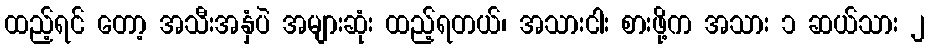
ထည့်ရင် တော့ အသီးအနှံပဲ အများဆုံး ထည့်ရတယ်၊ အသားငါး စားဖို့က အသား ၁ ဆယ်သား ၂